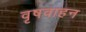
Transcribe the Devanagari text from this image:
वृषवाहन